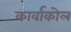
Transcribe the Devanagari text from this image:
कार्वाकोल